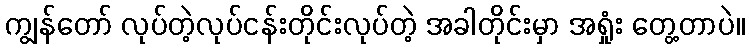
ကျွန်တော် လုပ်တဲ့လုပ်ငန်းတိုင်းလုပ်တဲ့ အခါတိုင်းမှာ အရှုံး တွေ့တာပဲ။